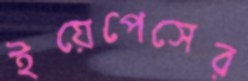
ইয়েপেসের